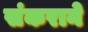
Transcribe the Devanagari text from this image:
संकराने